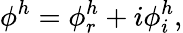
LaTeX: \phi^{h}=\phi_{r}^{h}+i\phi_{i}^{h},